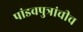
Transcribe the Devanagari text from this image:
पांडवपुत्रांचीच